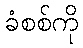
ခံစစ်ကို